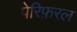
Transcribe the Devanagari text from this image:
पेरिफ़रल